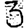
Digit: 3